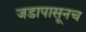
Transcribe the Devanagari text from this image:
जडापासूनच